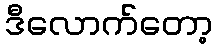
ဒီလောက်တော့